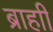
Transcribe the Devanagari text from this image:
ब्राहाी